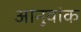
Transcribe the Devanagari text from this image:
आनुवांक